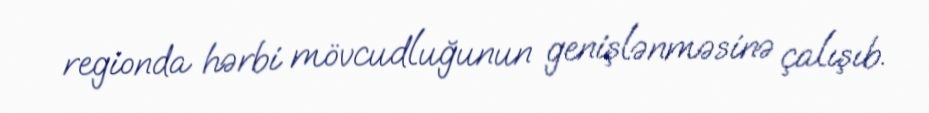
regionda hərbi mövcudluğunun genişlənməsinə çalışıb.